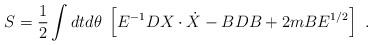
LaTeX: \begin{align*} S={1\over 2}\int dtd\theta\; \left[ E^{-1} DX\cdot \dot X - BDB + 2m BE^{1/2} \right] \ .\end{align*}